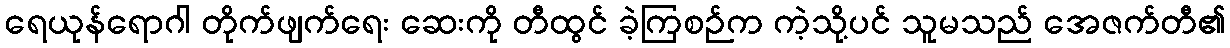
ရေယုန်ရောဂါ တိုက်ဖျက်ရေး ဆေးကို တီထွင် ခဲ့ကြစဉ်က ကဲ့သို့ပင် သူမသည် အေဇက်တီ၏